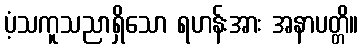
ပံ့သကူသညာရှိသော ရဟန်းအား အနာပတ္တိ။